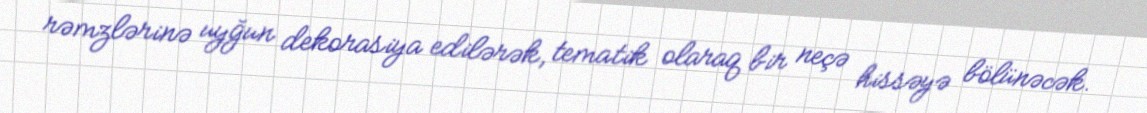
rəmzlərinə uyğun dekorasiya edilərək, tematik olaraq bir neçə hissəyə bölünəcək.